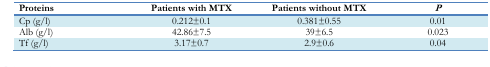
<table><thead><tr><td><b>Proteins</b></td><td><b>Patients with MTX</b></td><td><b>Patients without MTX</b></td><td><b><i>P</i></b></td></tr></thead><tbody><tr><td>Cp (g/l)</td><td>0.212±0.1</td><td>0.381±0.55</td><td>0.01</td></tr><tr><td>Alb (g/l)</td><td>42.86±7.5</td><td>39±6.5</td><td>0.023</td></tr><tr><td>Tf (g/l)</td><td>3.17±0.7</td><td>2.9±0.6</td><td>0.04</td></tr></tbody></table>